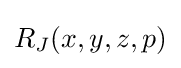
R_{J}(x,y,z,p)